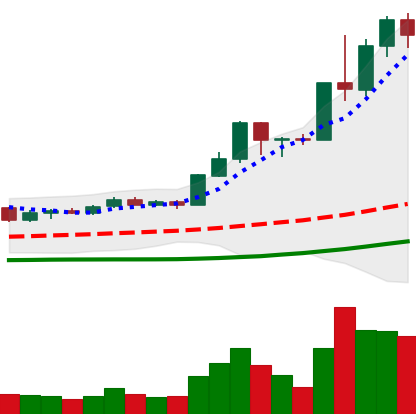
Ticker: LINK-USD
Chart end date: 2020-07-16
Forward return: -12.667%
Label: down_7plus